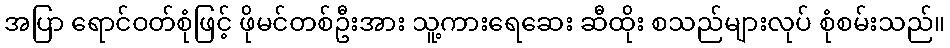
အပြာ ရောင်ဝတ်စုံဖြင့် ဖိုမင်တစ်ဦးအား သူ့ကားရေဆေး ဆီထိုး စသည်များလုပ် စုံစမ်းသည်။